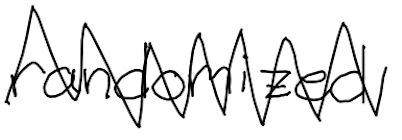
Text: randomized
Cross-out: zig-zag
Writing tool: digital_black